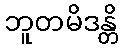
ဘူတမိဒန္တိ